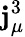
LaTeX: \mathbf{j}_{\mu}^{3}